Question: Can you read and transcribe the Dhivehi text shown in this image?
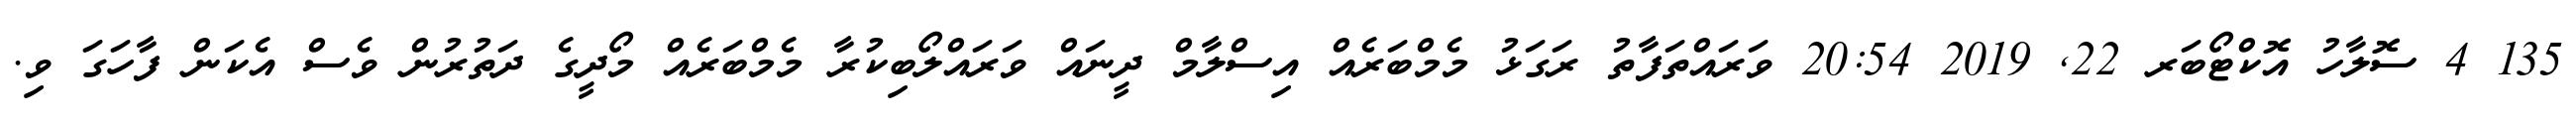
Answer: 135 4 ސޮލާހު އޮކްޓޯބަރ 22, 2019 20:54 ވަރައްތަފާތު ރަގަޅު މެމްބަރެއް އިސްލާމް ދީނައް ވަރައްލޯބިކުރާ މެމްބަރެއް މޯދީގެ ދަތުރުން ވެސް އެކަން ފާހަގަ ވި.